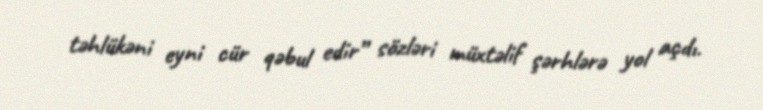
təhlükəni eyni cür qəbul edir” sözləri müxtəlif şərhlərə yol açdı.